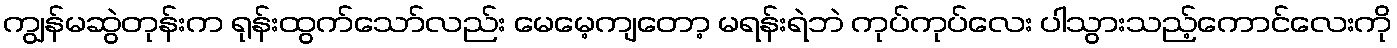
ကျွန်မဆွဲတုန်းက ရုန်းထွက်သော်လည်း မေမေ့ကျတော့ မရန်းရဲဘဲ ကုပ်ကုပ်လေး ပါသွားသည့်ကောင်လေးကို